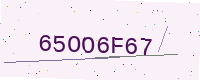
Text: 65OO6F67